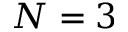
N = 3